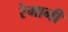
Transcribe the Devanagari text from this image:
रेमानी